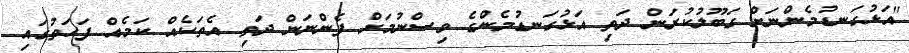
"އަޅުގަނޑުމެންނަށް ގަބޫލުކުރަން ދަތި އަޅުގަނޑުމެންގެ ވިސްނުމަށް ފެންނަން ދަތި އެތަކެއް ކަމެއް ފަހަތުގައި